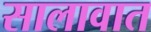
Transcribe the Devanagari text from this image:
सालावात